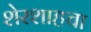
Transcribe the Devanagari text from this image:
शेरशाहचा